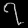
Digit: ၇